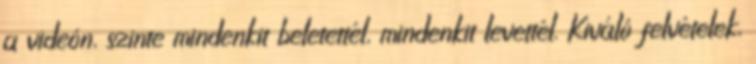
a videón, szinte mindenkit beletettél, mindenkit levettél. Kiváló felvételek,